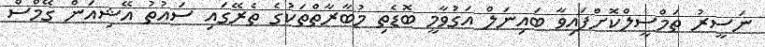
ނަސީރު ތަމްސީލްކޮށްފައިވާ ބައިނަލް އަގުވާމީ ބޮޑެތި މުބާރާތްތަކުގެ ތެރޭގައި ސައުތު އޭޝިއަން ގޭމްސް